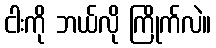
ငါးကို ဘယ်လို ကြိုက်လဲ။